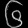
Digit: ၆